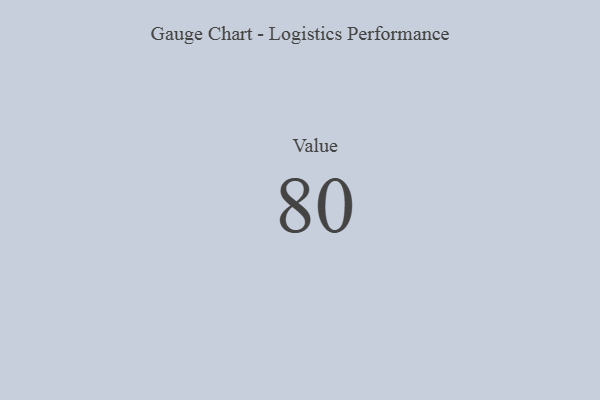
{"axis": {"x": "Metric", "y": "Value"}, "legend": [""], "data": [{"x": "Value", "y": 80, "type": ""}]}